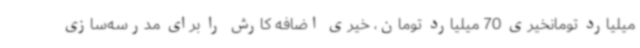
میلیارد تومانخیری 70 میلیارد تومان، خیری اضافه کارش را برای مدرسه‌سازی